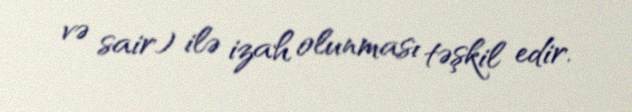
və sair) ilə izah olunması təşkil edir.